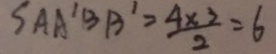
S A A ^ { \prime } B B ^ { \prime } = \frac { 4 \times 3 } { 2 } = 6